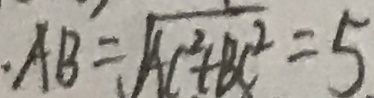
A B = \sqrt { A C ^ { 2 } + B C ^ { 2 } } = 5